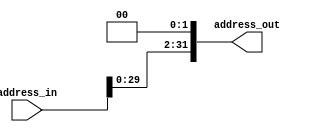
module ShiftLUnit(address_in, address_out);

input [31:0] address_in;
output [31:0] address_out;

assign address_out = address_in << 2;

endmodule